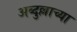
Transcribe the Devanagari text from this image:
अब्दुल्लाच्या